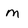
Character: m